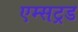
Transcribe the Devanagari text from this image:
एम्सट्रड